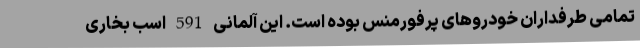
تمامی طرفداران خودروهای پرفورمنس بوده است. این آلمانی 591 اسب بخاری